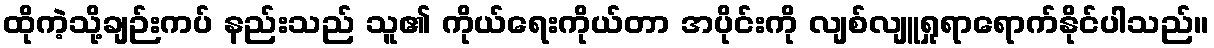
ထိုကဲ့သို့ချဉ်းကပ် နည်းသည် သူ၏ ကိုယ်ရေးကိုယ်တာ အပိုင်းကို လျစ်လျူရှုရာရောက်နိုင်ပါသည်။